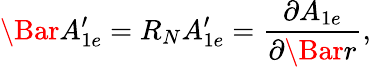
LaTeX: \Bar{A}_{1e}^{\prime}=R_{N}A_{1e}^{\prime}=\frac{\partial A_{1e}}{\partial\Bar{r}},